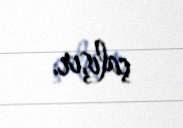
çalışır.